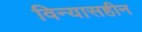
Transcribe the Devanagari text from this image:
विन्यासहीन